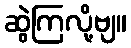
ဆွဲကြလို့ဗျ။